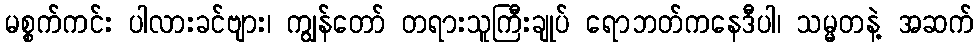
မစ္စက်ကင်း ပါလားခင်ဗျား၊ ကျွန်တော် တရားသူကြီးချုပ် ရောဘတ်ကနေဒီပါ၊ သမ္မတနဲ့ အဆက်